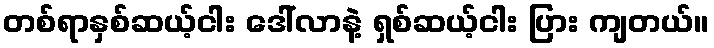
တစ်ရာနှစ်ဆယ့်ငါး ဒေါ်လာနဲ့ ရှစ်ဆယ့်ငါး ပြား ကျတယ်။